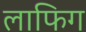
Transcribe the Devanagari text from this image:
लाफिग